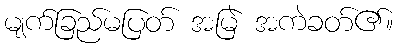
မျက်ခြည်မပြတ် အမြဲ အကဲခတ်၏။